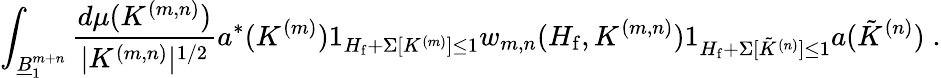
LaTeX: \int_{\underline{{B}}_{1}^{m+n}}\frac{d\mu(K^{(m,n)})}{|K^{(m,n)}|^{1/2}}a^{*}(K^{(m)})1_{H_{\mathrm{f}}+\Sigma[K^{(m)}]\leq 1}w_{m,n}(H_{\mathrm{f}},K^{(m,n)})1_{H_{\mathrm{f}}+\Sigma[\tilde{K}^{(n)}]\leq 1}a(\tilde{K}^{(n)})\; .